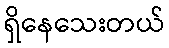
ရှိနေသေးတယ်